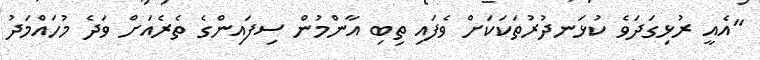
"އެއީ ރުޅިގަދަވެ ކުޅަނދުރުތަކަކަށް ވެފައި ތިބި އާންމުން ސިފައިންގެ ތެރެއަށް ވަދެ މުހައްމަދު